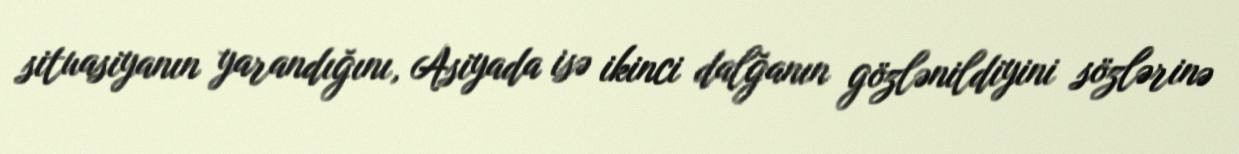
situasiyanın yarandığını, Asiyada isə ikinci dalğanın gözlənildiyini sözlərinə